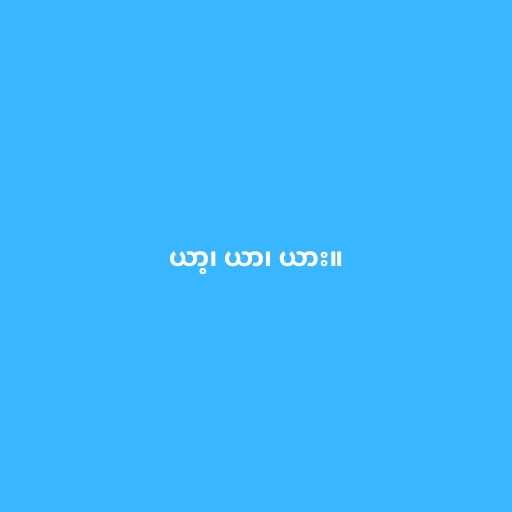
ယာ့၊ ယာ၊ ယား။